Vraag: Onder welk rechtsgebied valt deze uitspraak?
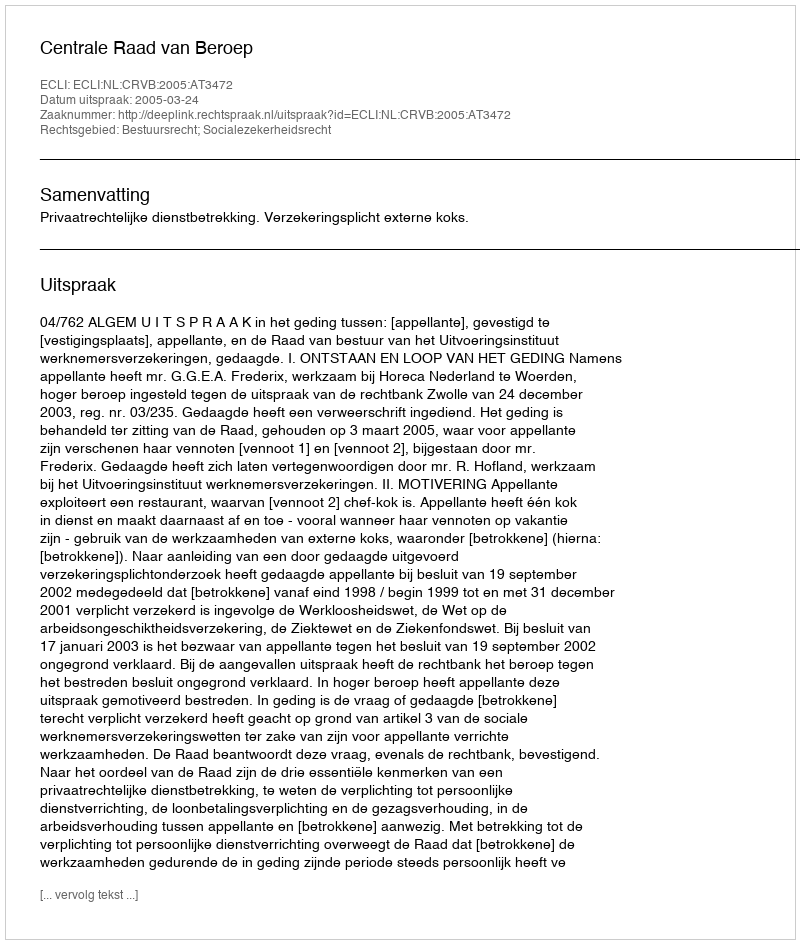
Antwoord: Bestuursrecht; Socialezekerheidsrecht